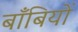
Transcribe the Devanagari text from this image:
बाँबियों